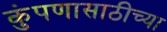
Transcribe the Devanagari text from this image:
कुंपणासाठीच्या